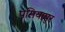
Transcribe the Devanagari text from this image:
पसियापुर